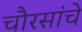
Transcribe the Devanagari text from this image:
चौरसांचे